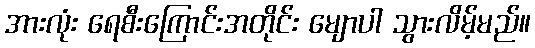
အားလုံး ရေစီးကြောင်းအတိုင်း မျောပါ သွားလိမ့်မည်။